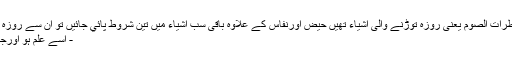
یہ سب مفطرات الصوم یعنی روزہ توڑنے والی اشیاء تھیں حیض اورنفاس کے علاوہ باقی سب اشیاء میں تین شروط پائي جائيں تو ان سے روزہ ٹوٹے گا :
- اسے علم ہو اورجاہل نہ ہو ۔